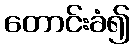
တောင်းခံ၍